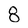
Character: 8